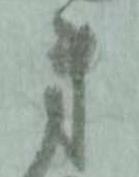
弟